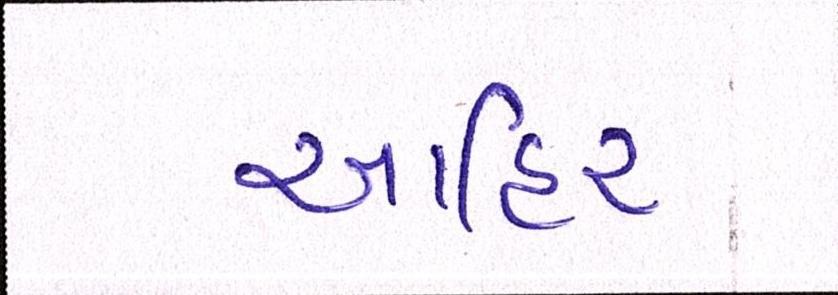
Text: આહિર